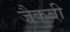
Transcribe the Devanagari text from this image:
जैकबी